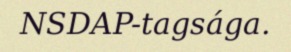
NSDAP-tagsága.